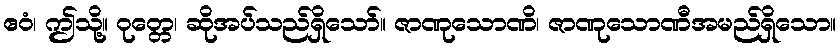
ဧဝံ၊ ဤသို့။ ဝုတ္တေ၊ ဆိုအပ်သည်ရှိသော်။ ဇာဏုသောဏိ၊ ဇာဏုသောဏီအမည်ရှိသော။